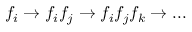
f _ { i } \to f _ { i } f _ { j } \to f _ { i } f _ { j } f _ { k } \to . . .